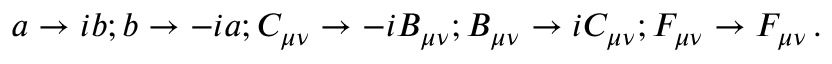
a \rightarrow i b ; b \rightarrow - i a ; C _ { \mu \nu } \rightarrow - i B _ { \mu \nu } ; B _ { \mu \nu } \rightarrow i C _ { \mu \nu } ; F _ { \mu \nu } \rightarrow F _ { \mu \nu } \, .